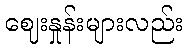
ဈေးနှုန်းများလည်း